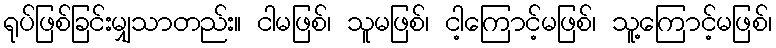
ရုပ်ဖြစ်ခြင်းမျှသာတည်း။ ငါမဖြစ်၊ သူမဖြစ်၊ ငါ့ကြောင့်မဖြစ်၊ သူ့ကြောင့်မဖြစ်၊